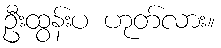
ဦးထွန်းပ ဟုတ်လား။